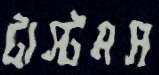
টাস্টমস